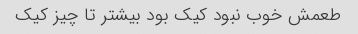
طعمش خوب نبود کیک بود بیشتر تا چیز کیک